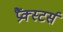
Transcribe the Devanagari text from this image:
प्रैंक्स्टर्स